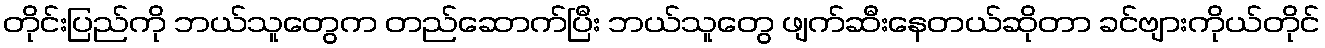
တိုင်းပြည်ကို ဘယ်သူတွေက တည်ဆောက်ပြီး ဘယ်သူတွေ ဖျက်ဆီးနေတယ်ဆိုတာ ခင်ဗျားကိုယ်တိုင်